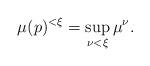
LaTeX: \begin{align*}\mu(p)^{<\xi} = \sup_{\nu<\xi} \mu^\nu.\end{align*}